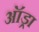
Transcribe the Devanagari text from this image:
ऑड्रा